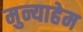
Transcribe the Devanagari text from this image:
मुन्याहेम